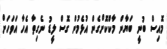
މޮއިސް ބުނީ ބަޔާން މާކްކޮށްގެން އުޅެމުން ގޮސް ލީޑު ނެގިތާ އެހާ އަވަހަށް